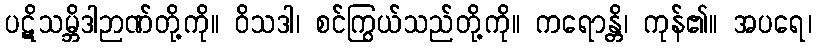
ပဋိသမ္ဘိဒါဉာဏ်တို့ကို။ ဝိသဒါ၊ စင်ကြွယ်သည်တို့ကို။ ကရောန္တိ၊ ကုန်၏။ အပရေ၊